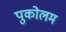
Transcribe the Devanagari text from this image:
पुकोलम